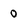
Character: 0